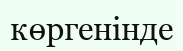
көргенінде